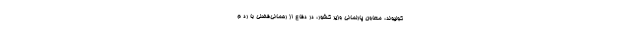
کولیوند، معاون پارلمانی وزیر کشور، در دفاع از رحمانی‌فضلی با رد م